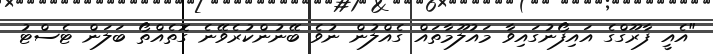
"އެއީ ފާރޫގްގެ އައިފޯނުގައިވާ މައުލޫމާތައް ގެއްލުން ނުވެ ބޭނުންކުރެވޭނެ ގޮތެއްތޯ ބަލަން ޓެސްޓު